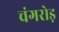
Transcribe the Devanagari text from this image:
चंगरोड़